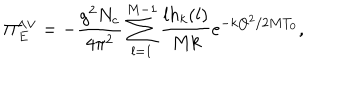
\Pi _ { E } ^ { \wedge \vee } = - { \frac { g ^ { 2 } N _ { c } } { 4 \pi ^ { 2 } } } \sum _ { l = 1 } ^ { M - 1 } { \frac { l h _ { k } ( l ) } { M k } } e ^ { - k { \bf Q } ^ { 2 } / 2 M T _ { 0 } } ,